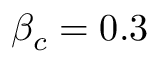
\beta _ { c } = 0 . 3